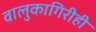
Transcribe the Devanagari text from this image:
वालुकागिरीही